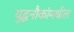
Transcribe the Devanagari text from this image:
युद्धनौकांमधील